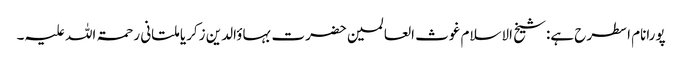
پورانام اسطرح ہے:شیخ الاسلام غوث العالمین حضرت بہاؤالدین زکریا ملتانی رحمۃ اللہ علیہ۔